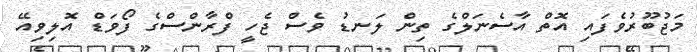
މަޖުބޫރުވެފައި އޮތް އާސެނަލްގެ ތިން ލަނޑު ވެސް ޖެހީ ފްރާންސްގެ ފޯވަޑް އޮލިވިއޭ